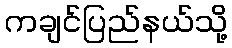
ကချင်ပြည်နယ်သို့